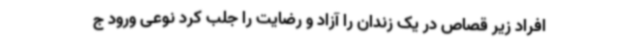
افراد زیر قصاص در یک زندان را آزاد و رضایت را جلب کرد نوعی ورود ج